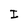
Character: I